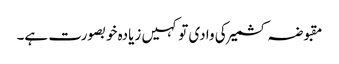
مقبوضہ کشمیر کی وادی تو کہیں زیادہ خوبصورت ہے۔